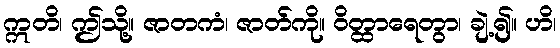
ဣတိ၊ ဤသို့။ ဇာတကံ၊ ဇာတ်ကို။ ဝိတ္ထာရေတွာ၊ ချဲ့၍။ ဟိ၊